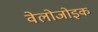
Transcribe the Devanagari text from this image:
वेलोजोइक